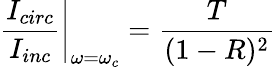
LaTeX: \left.\frac{I_{circ}}{I_{inc}}\right|_{\omega=\omega_{c}}=\frac{T}{(1-R)^{2}}